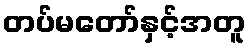
တပ်မတော်နှင့်အတူ